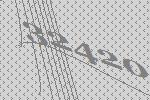
32420